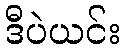
ဒီပဲယင်း